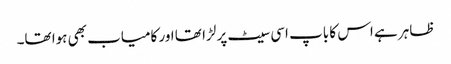
ظاہر ہے اس کا باپ اسی سیٹ پر لڑا تھا اور کامیاب بھی ہوا تھا۔